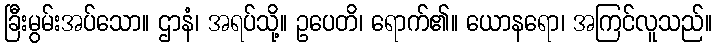
ခြီးမွမ်းအပ်သော။ ဌာနံ၊ အရပ်သို့။ ဥပေတိ၊ ရောက်၏။ ယောနရော၊ အကြင်လူသည်။